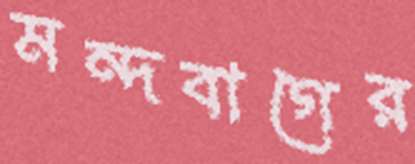
মন্দবাগের